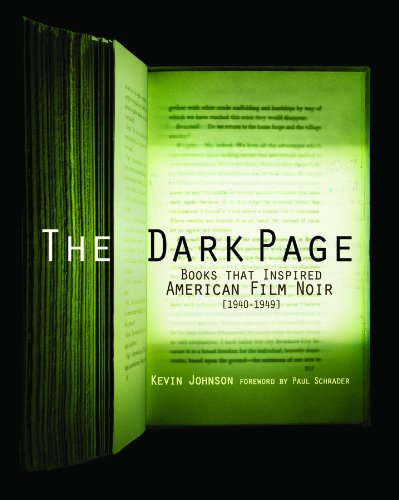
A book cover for The Dark Page: Books That Inspired American Film Noir, 1940-1949 (Trade Edition); Kevin Johnson; Crafts, Hobbies & Home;